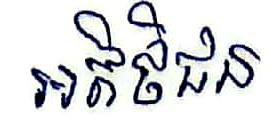
អតិថិជន